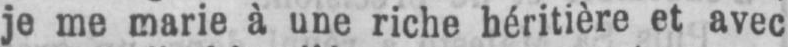
je me marie à une riche héritière et avec